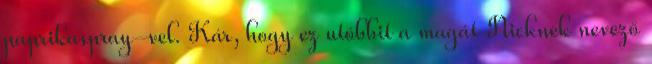
paprikaspray-vel. Kár, hogy ez utóbbit a magát Nicknek nevező